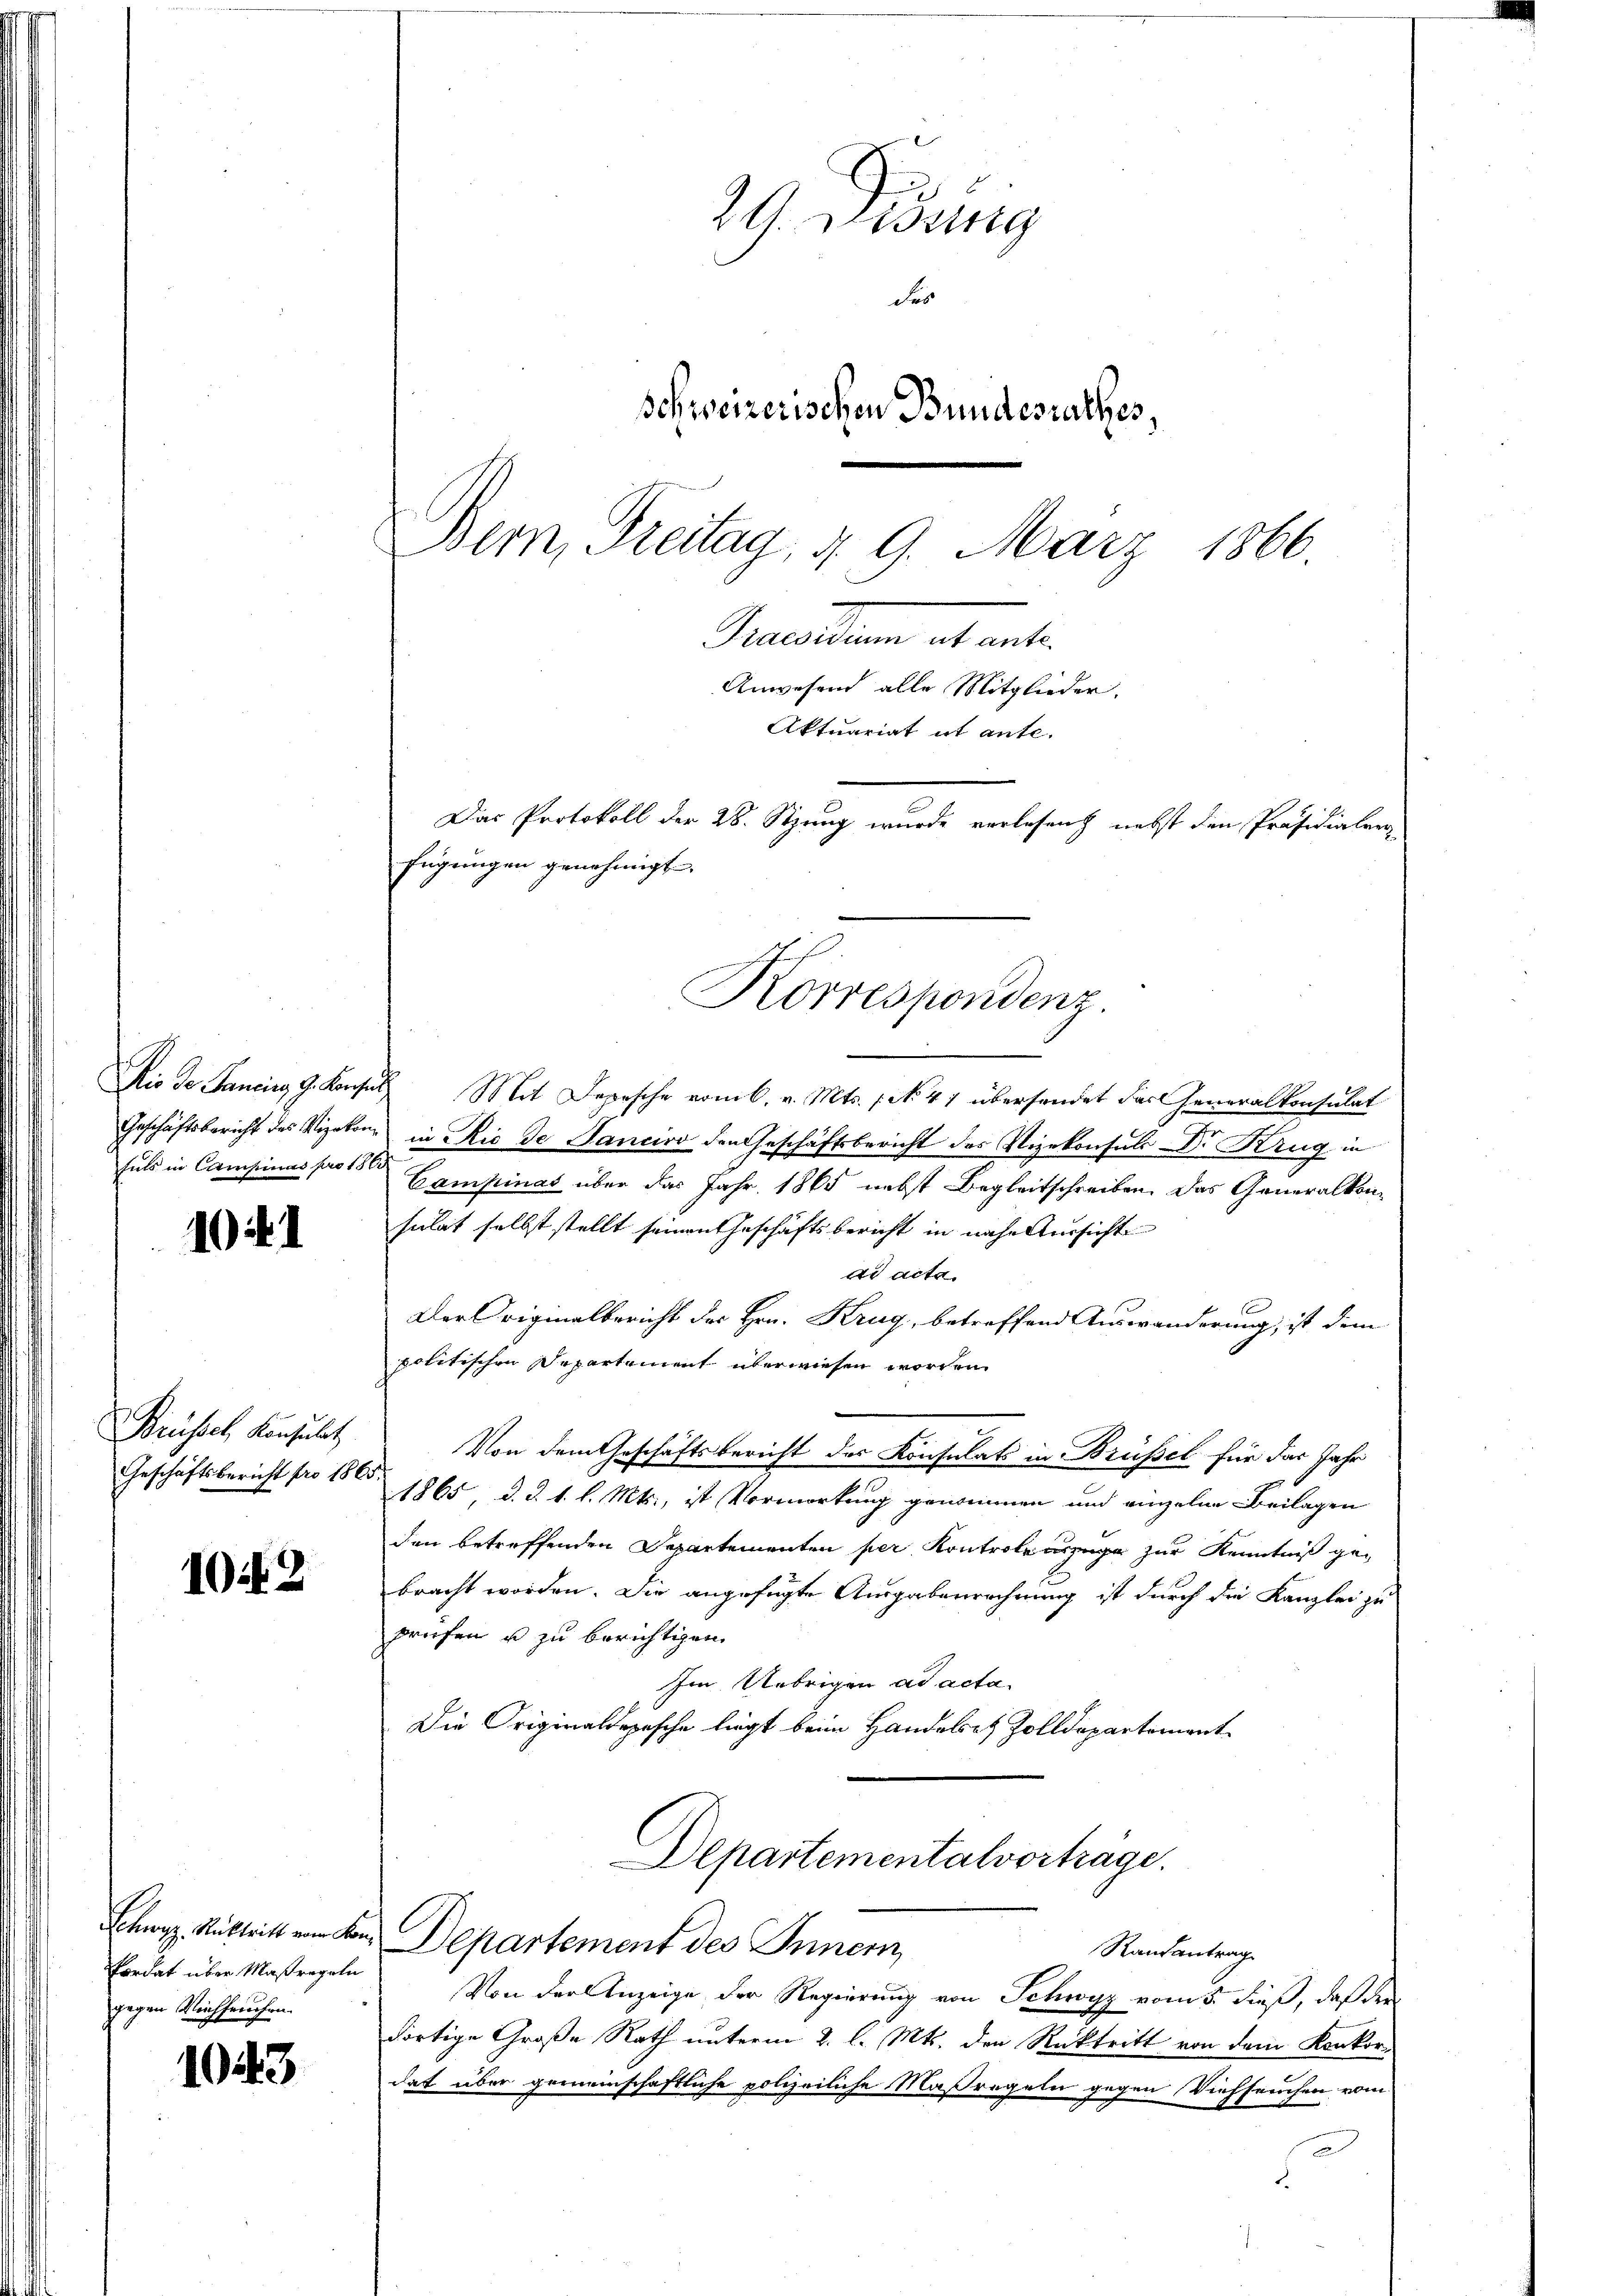
1041

Brüssel, Konsulat
Geschäftsbericht pro 180

102

1043

29. Dietig
des
Schweizerischen Bundesrathes,
Bern, Freitag, d. 9. März 1866.

Schwyz, Rücktritt vom Kon¬
Pordat über Maßregeln
gegen Reichsrechen.

Aktuariat it ante.
Das Protokoll der 28. Stzung wurde verlesen nebst den Präsidialer
fügungen genehmigt.
Korrespondenz.

Dio de Sancins G. Konses Mit Depesche vom 6. v. Mts. No. 41 überhandet das Generalkonsulat
Geschäftsbericht des Vizekon, in Rio de Sanciro den Geschäftsbericht des Vizekonsuls Dr. Krug in
suls in Campinas pro Campinas über das Jahr 1865 nebst Begleitschreiben. Das Generalkomsulat selbst stellt seinen Geschäftsbericht in nahe Aussicht
dd acta.
Der Originalbericht des Hrn. Krug, betreffend Auswänderung, ist dem
politischen Departement überwiesen worden.
Von dem Geschäftsbericht des Konsulats in Brüssel für das Jahr
l.
1865, d. d. 1. l. Mts., ist Vorwortung genommen und einzelne Beilagen
den betreffenden Departementen per Kontrole unzuge zur Kenntniß gebracht worden. Die angefügte Ausgabenrechnung ist durch die Kanzlei zu
prüfen u zu berichtigen.
Im Uebrigen ad acta.
Die Originaldepesche liegt beim Handelsatz Zolldepartement
Departementalvorträge.
Departement des Innern,
Randantrag
Von der Anzeige der Regierung von Schwyz vom 5. dieß, daß der
dortige Große Rath unterm 2. l. Mts. den Rücktritt von dem Konkordat über gemeinschaftliche polizeiliche Maßregeln gegen Viehseuchen vom
s

racolten abante
Anwesend alle Mitglieder.